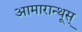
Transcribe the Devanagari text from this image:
आमारान्थूस्